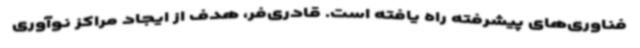
فناوری‌های پیشرفته راه یافته‌ است. قادری‌فر، هدف از ایجاد مراکز نوآوری